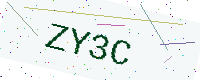
Text: ZY3C